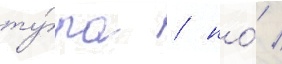
ту́ра / но́ /